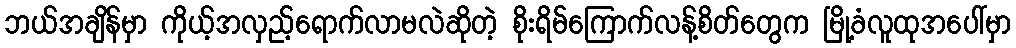
ဘယ်အချိန်မှာ ကိုယ့်အလှည့်ရောက်လာမလဲဆိုတဲ့ စိုးရိမ်ကြောက်လန့်စိတ်တွေက မြို့ခံလူထုအပေါ်မှာ